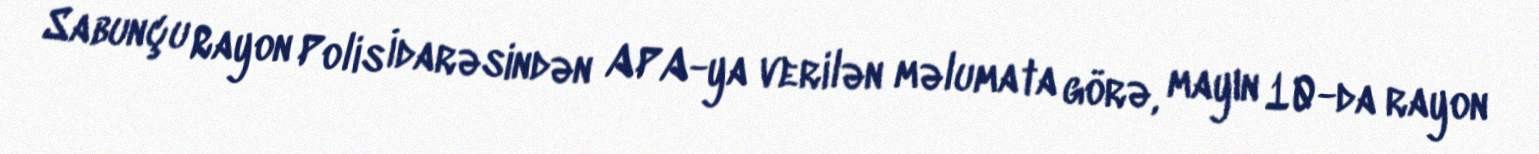
Sabunçu Rayon Polis İdarəsindən APA-ya verilən məlumata görə, mayın 10-da rayon